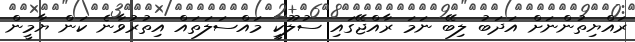
ރައްޔިތުންނަށް އަދަބު ލިބޭ ނަމަ ރާއްޖޭގައި ސުލޫކީ މައްސަލަތައް އިތުރުވާނެ ކަން ޔާމީން